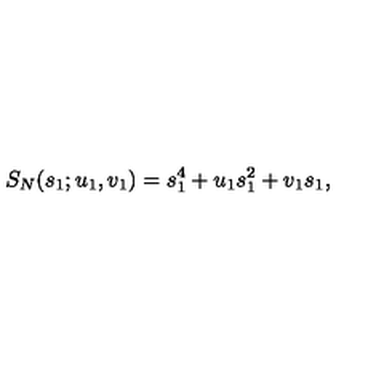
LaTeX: S _ { N } ( s _ { 1 } ; u _ { 1 } , v _ { 1 } ) = s _ { 1 } ^ { 4 } + u _ { 1 } s _ { 1 } ^ { 2 } + v _ { 1 } s _ { 1 } ,